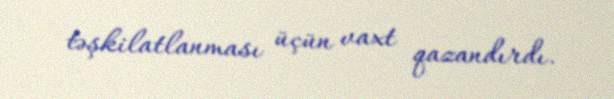
təşkilatlanması üçün vaxt qazandırdı.